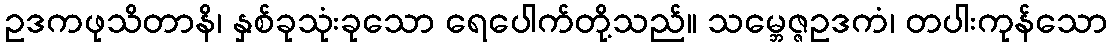
ဥဒကဖုသိတာနိ၊ နှစ်ခုသုံးခုသော ရေပေါက်တို့သည်။ သမ္ဘေဇ္ဇဥဒကံ၊ တပါးကုန်သော